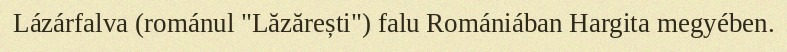
Lázárfalva (románul "Lăzărești") falu Romániában Hargita megyében.